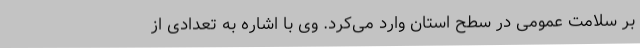
بر سلامت عمومی در سطح استان وارد می‌کرد. وی با اشاره به تعدادی از